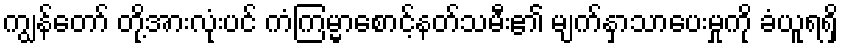
ကျွန်တော် တို့အားလုံးပင် ကံကြမ္မာစောင့်နတ်သမီး၏ မျက်နှာသာပေးမှုကို ခံယူရရှိ